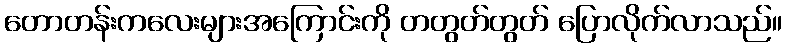
တောတန်းကလေးများအကြောင်းကို တတွတ်တွတ် ပြောလိုက်လာသည်။